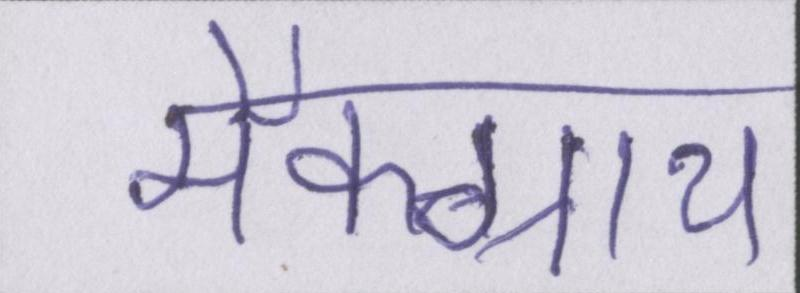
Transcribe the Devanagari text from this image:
मैक्ग्राथ